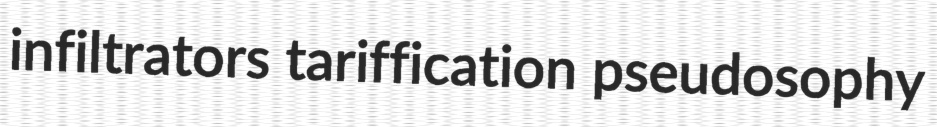
infiltrators tariffication pseudosophy